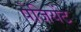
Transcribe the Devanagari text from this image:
पेजियेंट